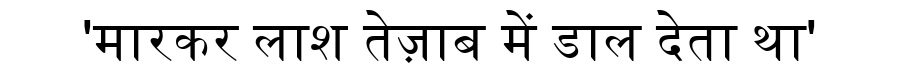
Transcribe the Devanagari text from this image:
'मारकर लाश तेज़ाब में डाल देता था'